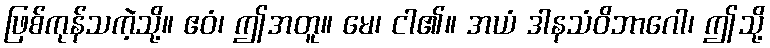
ဖြစ်ကုန်သကဲ့သို့။ ဧဝံ၊ ဤအတူ။ မေ၊ ငါ၏။ အယံ ဒါနသံဝိဘာဂေါ၊ ဤသို့